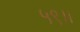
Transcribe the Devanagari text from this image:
५९।।